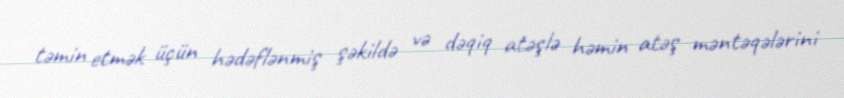
təmin etmək üçün hədəflənmiş şəkildə və dəqiq atəşlə həmin atəş məntəqələrini